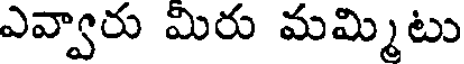
ఎవ్వారు మిరు మమ్మిటు